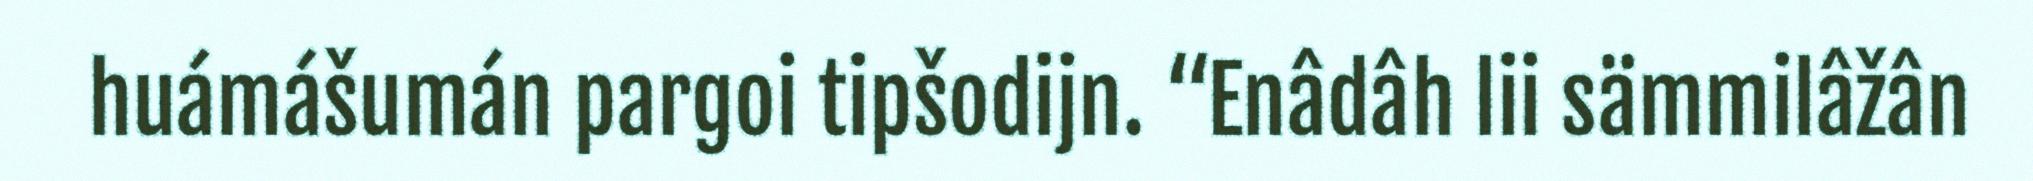
huámášumán pargoi tipšodijn. “Enâdâh lii sämmilâžân